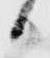
日